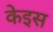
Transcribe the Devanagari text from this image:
केइस